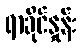
ရာခိုင်နှုန်း